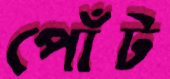
পোঁট